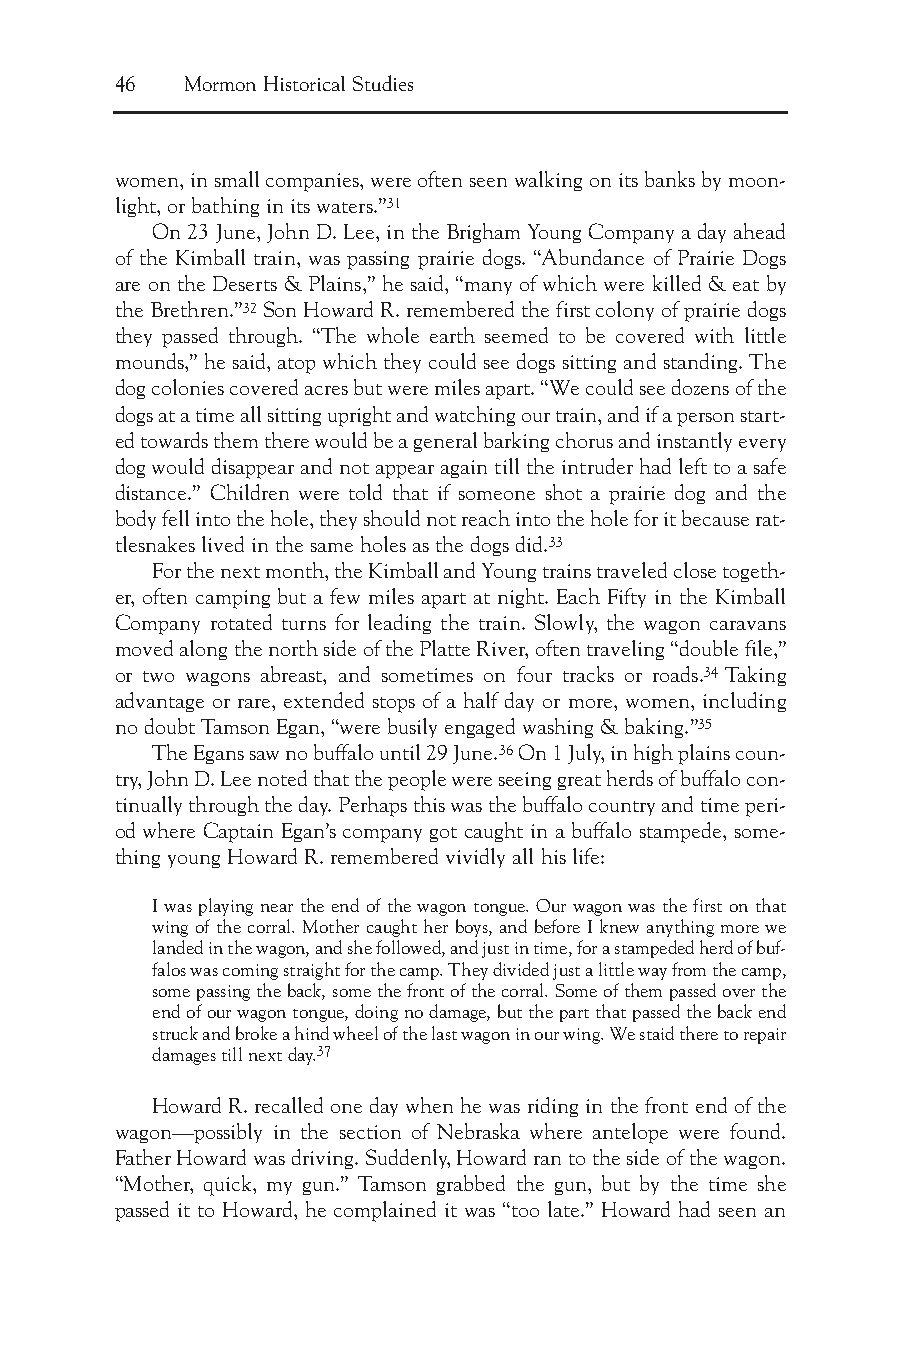
46  Mormon Historical Studies
 women, in small companies, were often seen walking on its banks by moon-
 light, or bathing in its waters.”31
 On 23 June, John D. Lee, in the Brigham Young Company a day ahead
 of the Kimball train, was passing prairie dogs. “Abundance of Prairie Dogs
 are on the Deserts & Plains,” he said, “many of which were killed & eat by
 the Brethren.”32Son Howard R. remembered the first colony of prairie dogs
 they passed through. “The whole earth seemed to be covered with little
 mounds,” he said, atop which they could see dogs sitting and standing. The
 dog colonies covered acres but were miles apart. “We could see dozens of the
 dogs at a time all sitting upright and watching our train, and if a person start-
 ed towards them there would be a general barking chorus and instantly every
 dog would disappear and not appear again till the intruder had left to a safe
 distance.” Children were told that if someone shot a prairie dog and the
 body fell into the hole, they should not reach into the hole for it because rat-
 tlesnakes lived in the same holes as the dogs did.33
 For the next month, the Kimball and Young trains traveled close togeth-
 er, often camping but a few miles apart at night. Each Fifty in the Kimball
 Company rotated turns for leading the train. Slowly, the wagon caravans
 moved along the north side of the Platte River, often traveling “double file,”
 or two wagons abreast, and sometimes on four tracks or roads.34 Taking
 advantage or rare, extended stops of a half day or more, women, including
 no doubt Tamson Egan, “were busily engaged washing & baking.”35
 The Egans saw no buffalo until 29 June.36On 1 July, in high plains coun-
 try, John D. Lee noted that the people were seeing great herds of buffalo con-
 tinually through the day. Perhaps this was the buffalo country and time peri-
 od where Captain Egan’s company got caught in a buffalo stampede, some-
 thing young Howard R. remembered vividly all his life:
 I was playing near the end of the wagon tongue. Our wagon was the first on that
 wing of the corral. Mother caught her boys, and before I knew anything more we
 landed in the wagon, and she followed, and just in time, for a stampeded herd of buf-
 falos was coming straight for the camp. They divided just a little way from the camp,
 some passing the back, some the front of the corral. Some of them passed over the
 end of our wagon tongue, doing no damage, but the part that passed the back end
 struck and broke a hind wheel of the last wagon in our wing. We staid there to repair
 damages till next day.37
 Howard R. recalled one day when he was riding in the front end of the
 wagon—possibly in the section of Nebraska where antelope were found.
 Father Howard was driving. Suddenly, Howard ran to the side of the wagon.
 “Mother, quick, my gun.” Tamson grabbed the gun, but by the time she
 passed it to Howard, he complained it was “too late.” Howard had seen an